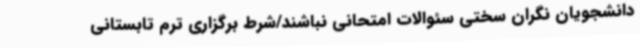
دانشجویان نگران سختی سئوالات امتحانی نباشند/شرط برگزاری ترم تابستانی